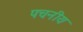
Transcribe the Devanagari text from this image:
पचनीय